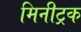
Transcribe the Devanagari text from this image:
मिनीट्रक